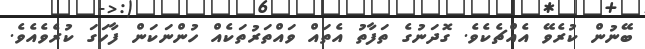
ބޭނުން ކުރެވޭ އެއްޗެކެވެ. ގޮދަނުގެ ތަފާތު އެތައް ވައްތަރުތަކެއް ހުންނަކަން ފާހަގަ ކުރެވެއެވެ.